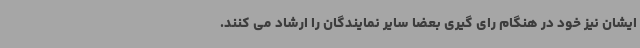
ایشان نیز خود در هنگام رای گیری بعضا سایر نمایندگان را ارشاد می کنند.